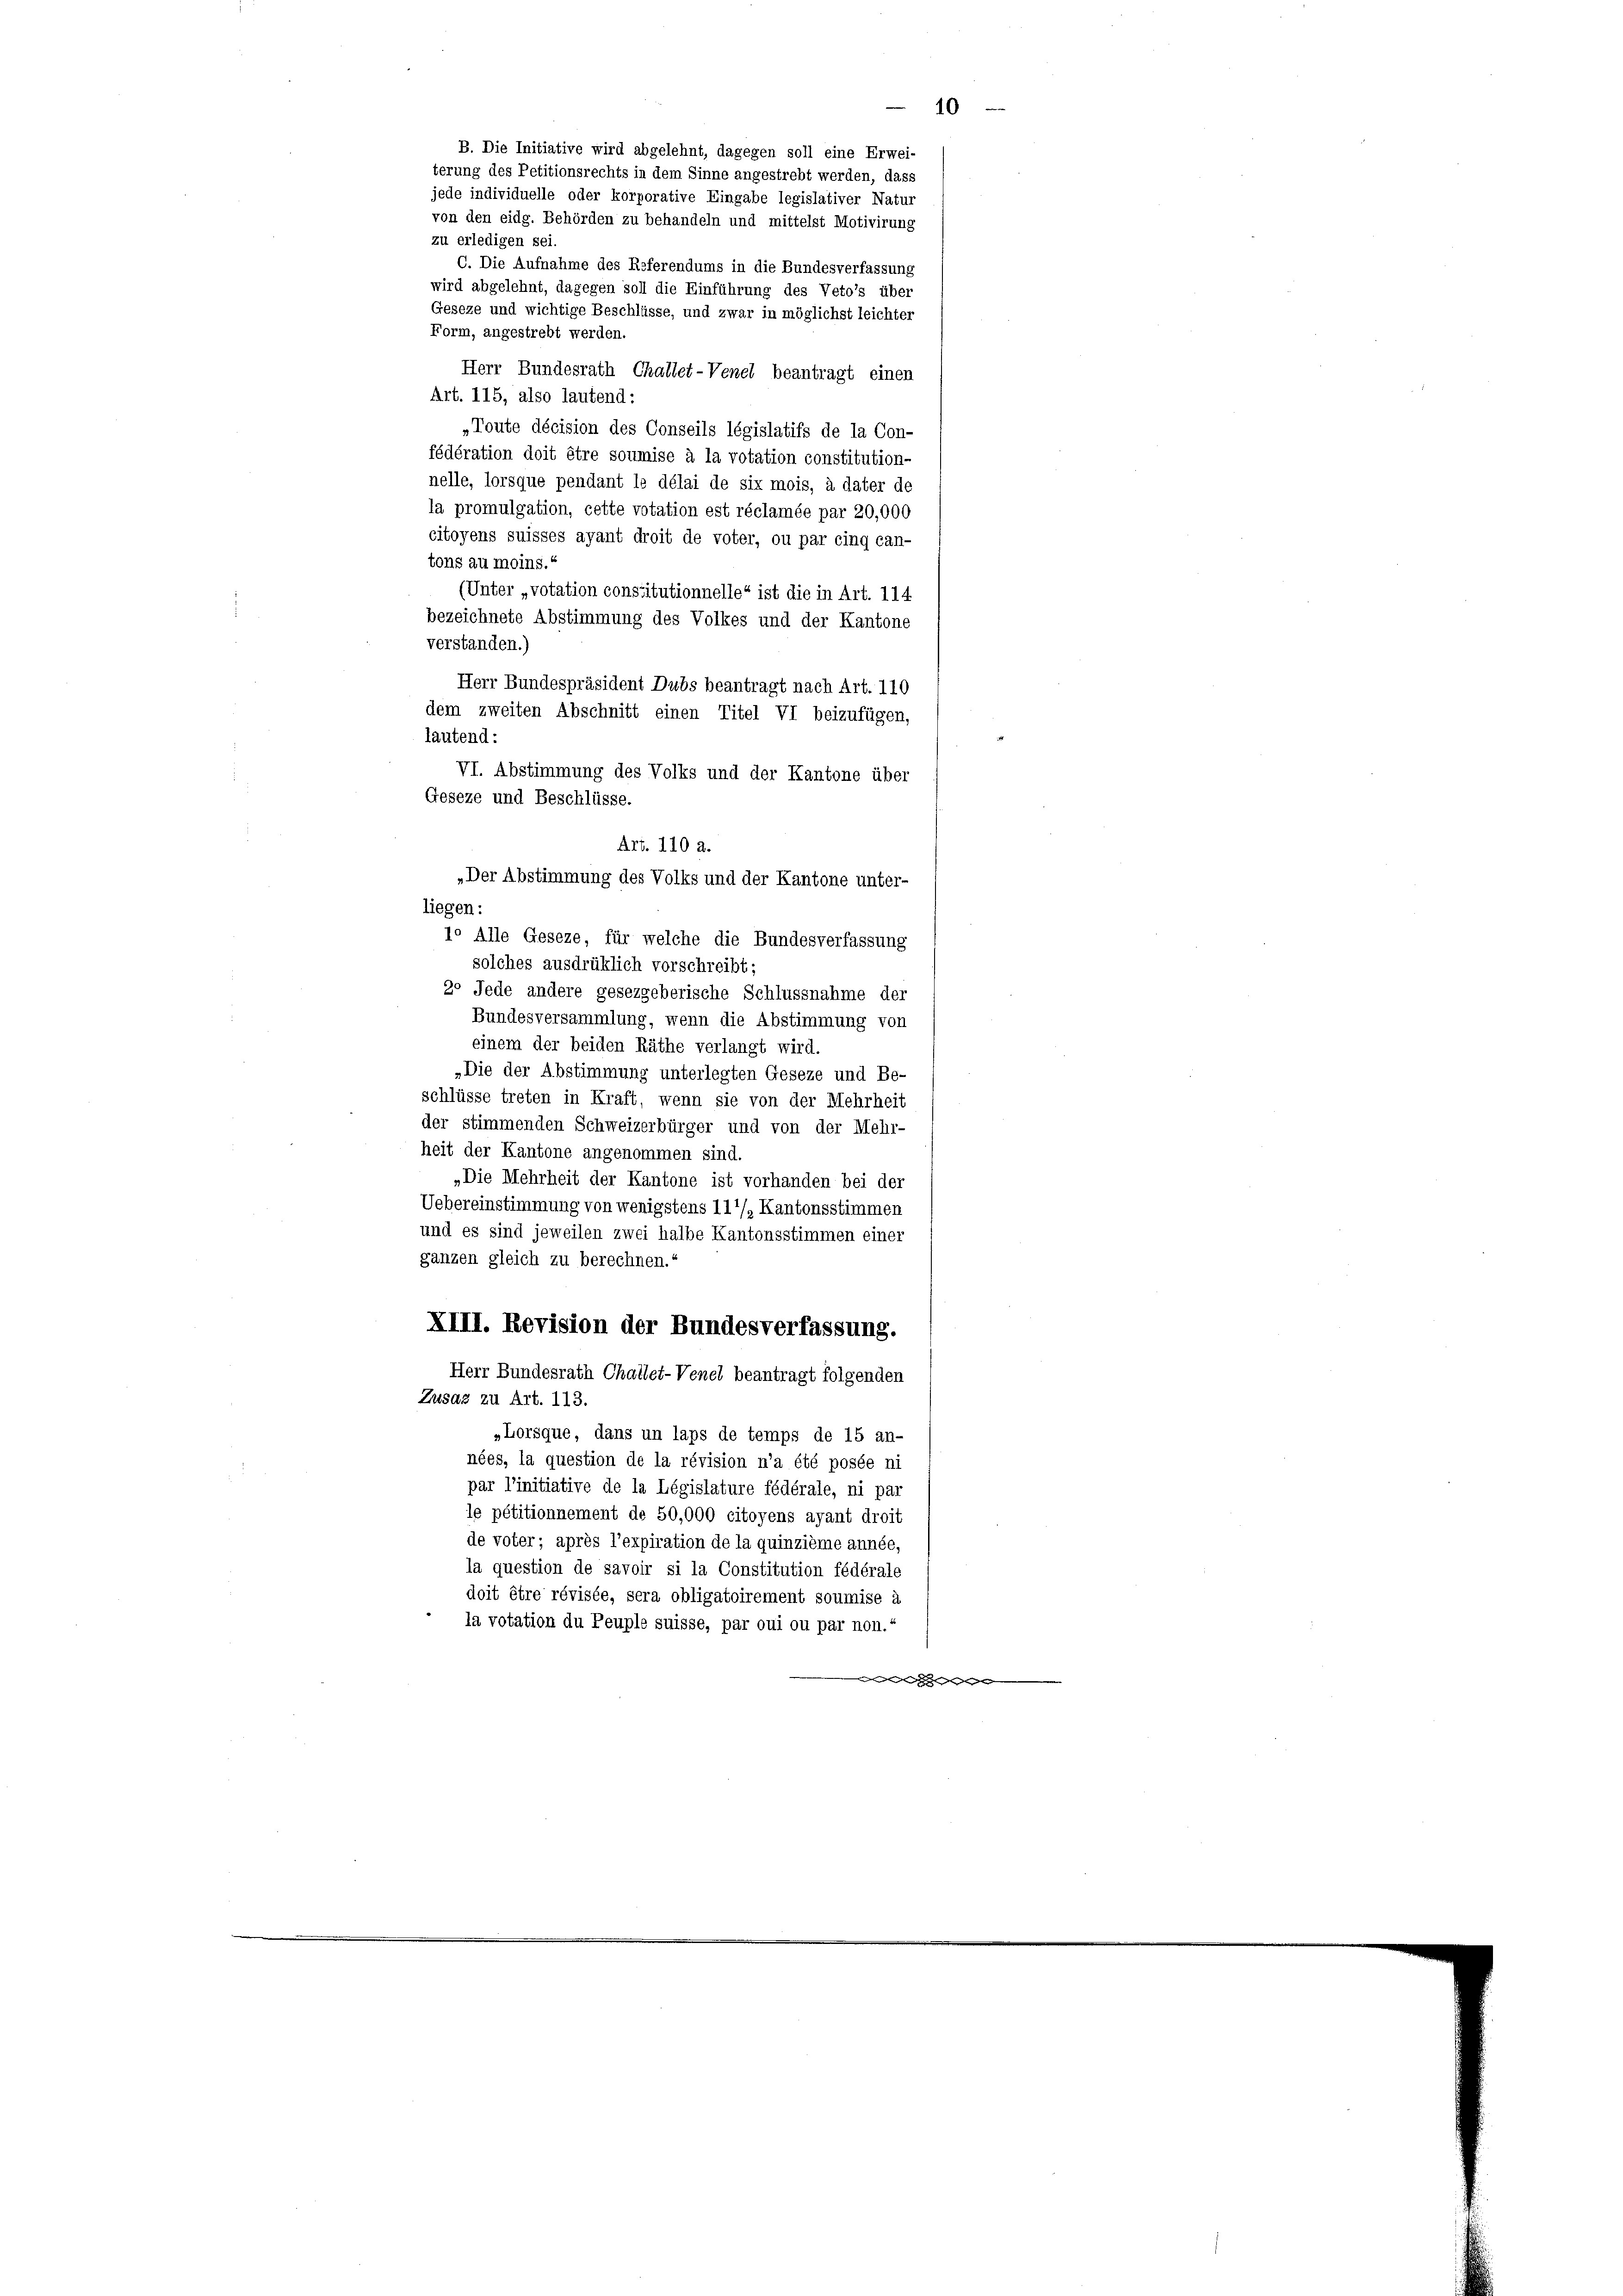
zu erledigen sei.
wird abgelehnt, dagegen soll die Einführung des Veto’s über
Geseze und wichtige Beschlüsse, und zwar in möglichst leichter
Form, angestrebt werden.
Herr Bundesrath Challet-Venel beantragt einen
Art. 115, also lautend:
„Toute décision des Conseils législatifs de la Con-
fédération doit être soumise à la votation constitution-
nelle, lorsque pendant le délai de six mois, à dater de
la promulgation, cette votation est réclamée par 20,000
citoyens suisses ayant droit de voter, ou par cinq can-
tons au moins.
(Unter „votation constitutionnelle“ ist die in Art. 114.
bezeichnete Abstimmung des Volkes und der Kantone
verstanden.)
Herr Bundespräsident Dubs beantragt nach Art. 110
dem zweiten Abschnitt einen Titel VI beizufügen,
lautend:
VI. Abstimmung des Volks und der Kantone über
Geseze und Beschlüsse.
liegen:
10 Alle Geseze, für welche die Bundesverfassung
solches ausdrüklich vorschreibt;
2o Jede andere gesezgeberische Schlussnahme der
Bundesversammlung, wenn die Abstimmung von
einem der beiden Räthe verlangt wird.
„Die der Abstimmung unterlegten Geseze und Be-
schlüsse treten in Kraft, wenn sie von der Mehrheit
der stimmenden Schweizerbürger und von der Mehr-
heit der Kantone angenommen sind.
„Die Mehrheit der Kantone ist vorhanden bei der
Uebereinstimmung von wenigstens 111/ Kantonsstimmen
und es sind jeweilen zwei halbe Kantonsstimmen einer
ganzen gleich zu berechnen.“
XIII. Revision der Bundesverfassung.
Herr Bundesrath Challet-Venel beantragt folgenden
Zusaz zu Art. 113.
„Lorsque, dans un laps de temps de 15 an-
nées, la question de la révision n’a été posée ni
par l’initiative de la Législature fédérale, ni par
le pétitionnement de 50,000 citoyens ayant droit
de voter; après l’expiration de la quinzième année,
la question de savoir si la Constitution fédérale
doit être révisée, sera obligatoirement soumise à
la votation du Peuple suisse, par oui ou par non.
 den hat de

B. Die Initiative wird abgelehnt, dagegen soll eine Erwei-
terung des Petitionsrechts in dem Sinne angestrebt werden, dass
jede individuelle oder korporative Eingabe legislativer Natur
von den eidg. Behörden zu behandeln und mittelst Motivirung
C. Die Aufnahme des Referendums in die Bundesverfassung

Art. 110 a.
„Der Abstimmung des Volks und der Kantone unter-

10